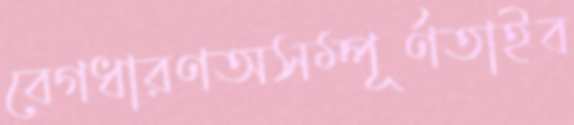
বেগধারণঅসম্পূর্ণতাইব